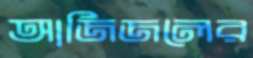
আজিজলের